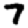
Digit: 7